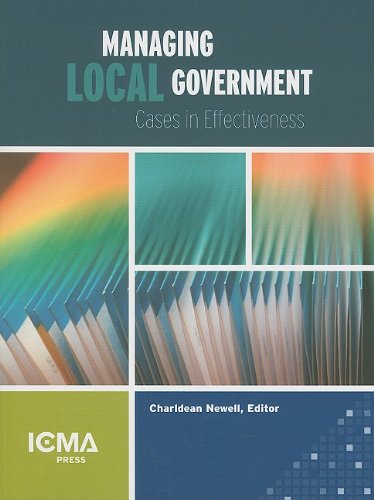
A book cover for Managing Local Government: Cases in Effectiveness; Business & Money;